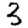
Digit: 3